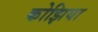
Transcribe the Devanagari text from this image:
कोझिया